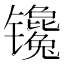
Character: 镵